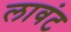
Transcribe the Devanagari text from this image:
लावंट